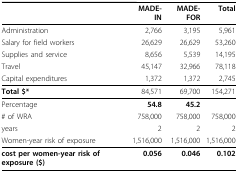
|  | MADE-IN | MADE-FOR | Total |
 | --- | --- | --- | --- |
 | Administration | 2,766 | 3,195 | 5,961 |
 | Salary for field workers | 26,629 | 26,629 | 53,260 |
 | Supplies and service | 8,656 | 5,539 | 14,195 |
 | Travel | 45,147 | 32,966 | 78,118 |
 | Capital expenditures | 1,372 | 1,372 | 2,745 |
 | Total $* | 84,571 | 69,700 | 154,271 |
 | Percentage | 54.8 | 45.2 |  |
 | # of WRA | 758,000 | 758,000 | 758,000 |
 | years | 2 | 2 | 2 |
 | Women-year risk of exposure | 1,516,000 | 1,516,000 | 1,516,000 |
 | cost per women-year risk of exposure ($) | 0.056 | 0.046 | 0.102 |